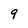
Character: 9